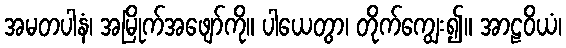
အမတပါနံ၊ အမြိုက်အဖျော်ကို။ ပါယေတွာ၊ တိုက်ကျွေး၍။ အာဠဝိယံ၊